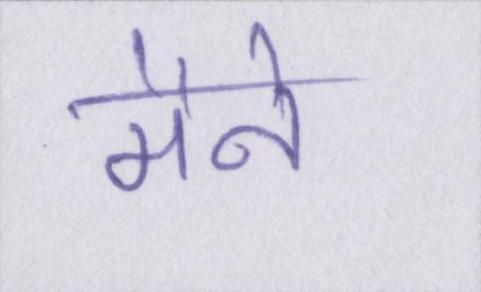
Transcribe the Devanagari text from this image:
मैने